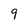
Character: 9